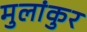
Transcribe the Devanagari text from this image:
मुलांकुर